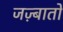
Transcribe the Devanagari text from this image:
जज़्बातों